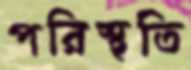
পরিস্থতি